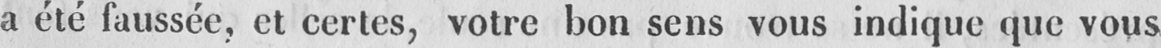
a été faussée, et certes, votre bon sens vous indique que vous